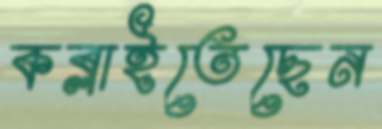
কব্‌লাইতেছেন